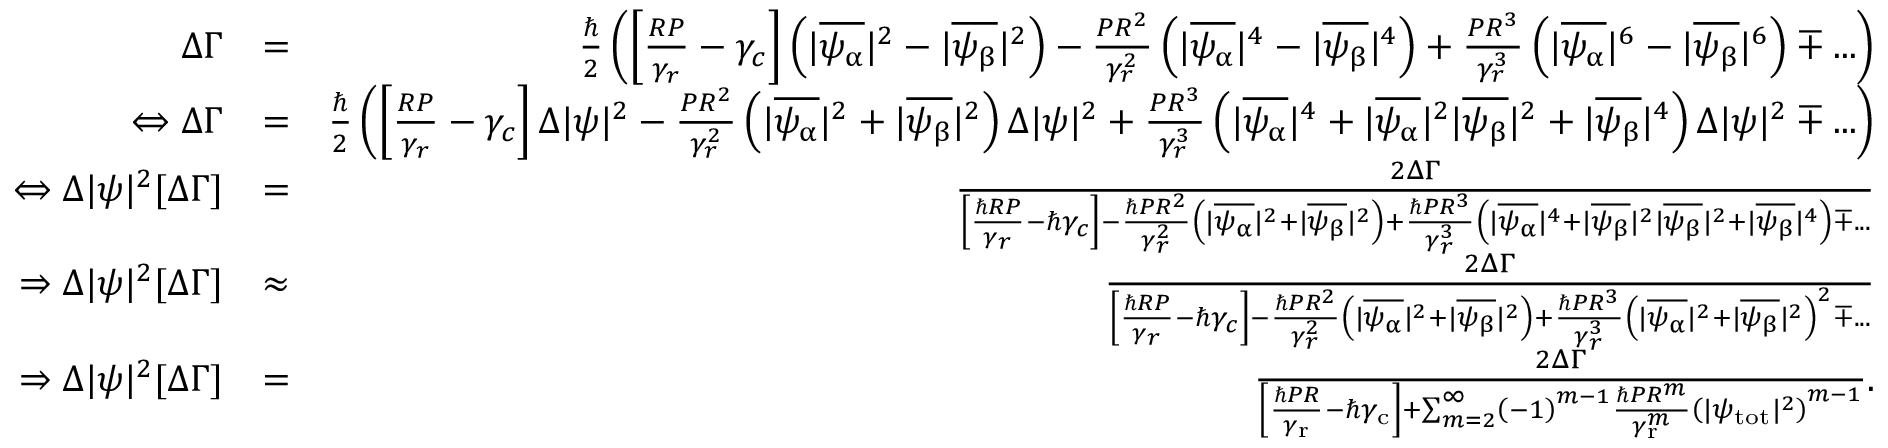
\begin{array} { r l r } { \Delta \Gamma } & { = } & { \frac { \hbar } { 2 } \left( \left[ \frac { R P } { \gamma _ { r } } - \gamma _ { c } \right] \left( | \overline { { \psi _ { \upalpha } } } | ^ { 2 } - | \overline { { \psi _ { \upbeta } } } | ^ { 2 } \right) - \frac { P R ^ { 2 } } { \gamma _ { r } ^ { 2 } } \left( | \overline { { \psi _ { \upalpha } } } | ^ { 4 } - | \overline { { \psi _ { \upbeta } } } | ^ { 4 } \right) + \frac { P R ^ { 3 } } { \gamma _ { r } ^ { 3 } } \left( | \overline { { \psi _ { \upalpha } } } | ^ { 6 } - | \overline { { \psi _ { \upbeta } } } | ^ { 6 } \right) \mp . . . \right) } \\ { \Leftrightarrow \Delta \Gamma } & { = } & { \frac { \hbar } { 2 } \left( \left[ \frac { R P } { \gamma _ { r } } - \gamma _ { c } \right] \Delta | \psi | ^ { 2 } - \frac { P R ^ { 2 } } { \gamma _ { r } ^ { 2 } } \left( | \overline { { \psi _ { \upalpha } } } | ^ { 2 } + | \overline { { \psi _ { \upbeta } } } | ^ { 2 } \right) \Delta | \psi | ^ { 2 } + \frac { P R ^ { 3 } } { \gamma _ { r } ^ { 3 } } \left( | \overline { { \psi _ { \upalpha } } } | ^ { 4 } + | \overline { { \psi _ { \upalpha } } } | ^ { 2 } | \overline { { \psi _ { \upbeta } } } | ^ { 2 } + | \overline { { \psi _ { \upbeta } } } | ^ { 4 } \right) \Delta | \psi | ^ { 2 } \mp . . . \right) } \\ { \Leftrightarrow \Delta | \psi | ^ { 2 } [ \Delta \Gamma ] } & { = } & { \frac { 2 \Delta \Gamma } { \left[ \frac { \hbar R P } { \gamma _ { r } } - \hbar \gamma _ { c } \right] - \frac { \hbar P R ^ { 2 } } { \gamma _ { r } ^ { 2 } } \left( | \overline { { \psi _ { \upalpha } } } | ^ { 2 } + | \overline { { \psi _ { \upbeta } } } | ^ { 2 } \right) + \frac { \hbar P R ^ { 3 } } { \gamma _ { r } ^ { 3 } } \left( | \overline { { \psi _ { \upalpha } } } | ^ { 4 } + | \overline { { \psi _ { \upbeta } } } | ^ { 2 } | \overline { { \psi _ { \upbeta } } } | ^ { 2 } + | \overline { { \psi _ { \upbeta } } } | ^ { 4 } \right) \mp . . . } } \\ { \Rightarrow \Delta | \psi | ^ { 2 } [ \Delta \Gamma ] } & { \approx } & { \frac { 2 \Delta \Gamma } { \left[ \frac { \hbar R P } { \gamma _ { r } } - \hbar \gamma _ { c } \right] - \frac { \hbar P R ^ { 2 } } { \gamma _ { r } ^ { 2 } } \left( | \overline { { \psi _ { \upalpha } } } | ^ { 2 } + | \overline { { \psi _ { \upbeta } } } | ^ { 2 } \right) + \frac { \hbar P R ^ { 3 } } { \gamma _ { r } ^ { 3 } } \left( | \overline { { \psi _ { \upalpha } } } | ^ { 2 } + | \overline { { \psi _ { \upbeta } } } | ^ { 2 } \right) ^ { 2 } \mp . . . } } \\ { \Rightarrow \Delta | \psi | ^ { 2 } [ \Delta \Gamma ] } & { = } & { \frac { 2 \Delta \Gamma } { \left[ \frac { \hbar P R } { \gamma _ { \mathrm { r } } } - \hbar \gamma _ { \mathrm { c } } \right] + \sum _ { m = 2 } ^ { \infty } \left( - 1 \right) ^ { m - 1 } \frac { \hbar P R ^ { m } } { \gamma _ { \mathrm { r } } ^ { m } } \left( | \psi _ { \mathrm { t o t } } | ^ { 2 } \right) ^ { m - 1 } } . } \end{array}